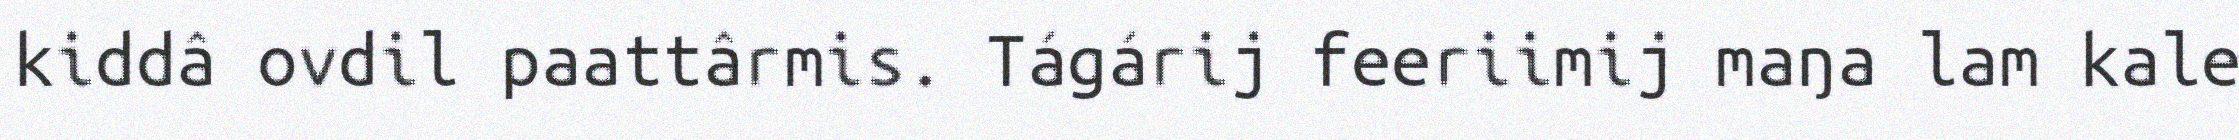
kiddâ ovdil paattârmis. Tágárij feeriimij maŋa lam kale